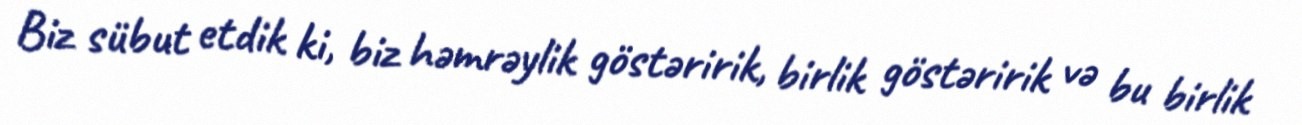
Biz sübut etdik ki, biz həmrəylik göstəririk, birlik göstəririk və bu birlik